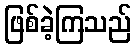
ဖြစ်ခဲ့ကြသည်